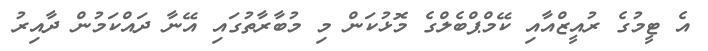
އެ ޓީމުގެ ރުއީޒްއާއި ކޭމްޕްބެލްގެ މޮޅުކަން މި މުބާރާތުގައި އޭނާ ދައްކަމުން ދާއިރު